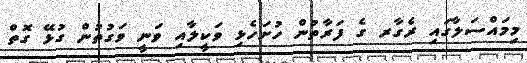
މިމައްސަލާގައި ރެގާރ ގެ ފަރާތުން ހުށަހެޅި ވަކީލާއި ވަނީ ވަގުތުން ގުޅޭ ގޮތް